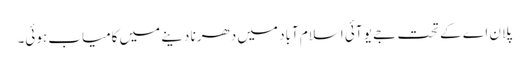
پلان اے کے تحت جے یو آئی اسلام آباد میں دھرنا دینے میں کامیاب ہوئی۔